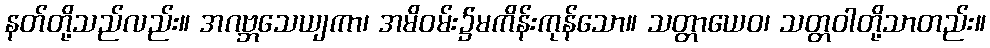
နတ်တို့သည်လည်း။ အဂဗ္ဘသေယျကာ၊ အမိဝမ်း၌မကိန်းကုန်သော။ သတ္တာယေဝ၊ သတ္တဝါတို့သာတည်း။